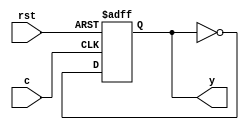
module clb_hb(
	input c,
	input rst,
	output y
);

	wire f;
	reg q;
	
	assign f = ~q;
	
	always @(posedge c, negedge rst) begin
		if (rst == 1'b0) begin
			q <= 1'b0;
		end else begin
			q <= f;
		end
	end
	
	assign y = q;
	
endmodule